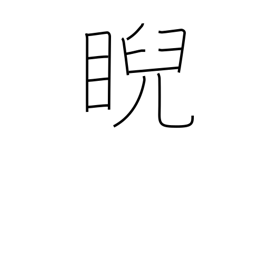
Meaning: scowl at